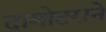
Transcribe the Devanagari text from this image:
दामोदराने